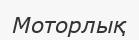
Моторлық